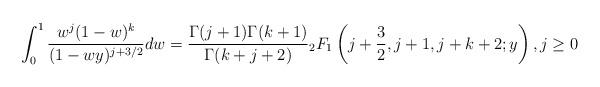
\begin{align*}\int_0^1 \frac{w^j(1-w)^{k}}{(1-wy)^{j+3/2}} dw = \frac{\Gamma(j+1)\Gamma(k+1)}{\Gamma(k+j+2)}{}_2F_1\left(j+\frac{3}{2}, j+1, j+k+2; y\right), j \geq 0\end{align*}